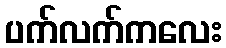
ပက်လက်ကလေး